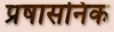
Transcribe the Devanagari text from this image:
प्रषासनिक